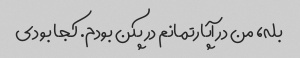
بله، من در آپارتمانم در پکن بودم. کجا بودی